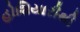
હોશિયારીથી